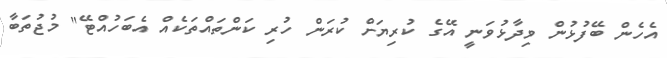
އެހެން ބޭފުޅުން ވިދާޅުވަނީ އޭގެ ކުރިޔަށް ކުރަން ހުރި ކަންތައްތަކެއް އެބަހުއްޓޭ" މުޖުތަބާ